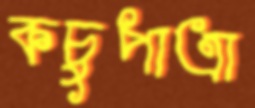
কচুপাত্রা